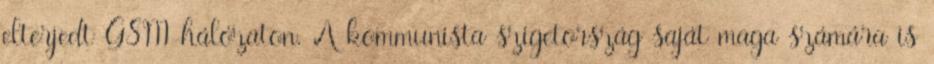
elterjedt GSM-hálózaton. A kommunista szigetország saját maga számára is